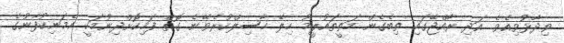
ވިދާޅުވިއެވެ. އަދި ރާއްޖޭގައި ތިބެގެން މަތީތައުލީމު ހިލޭ ހާސިލްކުރެވޭނެ ގޮތް ފަހިކޮށްދިނުމަކީ އެމަނިކުފާނުގެ